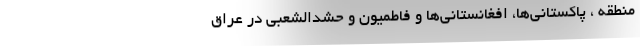
منطقه ، پاکستانی‌ها، افغانستانی‌ها و فاطمیون و حشد‌الشعبی در عراق